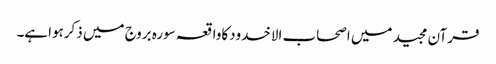
قرآن مجید میں اصحاب الاخدودکاواقعہ سورہ بروج میں ذکرہواہے۔